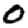
Digit: 0